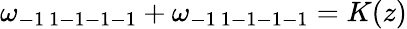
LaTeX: \omega_{-1\ 1-1-1-1}+\omega_{-1\ 1-1-1-1}=K(z)